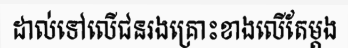
ដាល់ទៅលើជនរងគ្រោះខាងលើតែម្តង